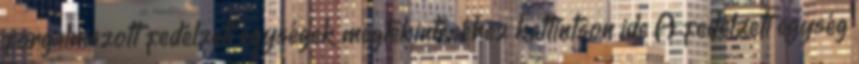
forgalmazott fedélzeti egységek megtekintéséhez kattintson ide A fedélzeti egység